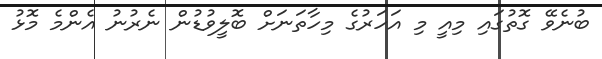
ބުނެވޭ ގޮތުގައި މިއީ މި އަހަރުގެ މިހާތަނަށް ބޮލީވުޑުން ނެރުނު އެންމެ މޮޅު